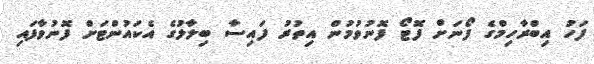
ފަހު އިބްރާހިމްގެ ފޯނަށް ފޮޓޯ ފޮނުވުމުން އިތުރު ފައިސާ ބިލާލުގެ އެކައުންޓަށް ފޮނުވާފައި